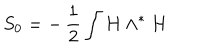
LaTeX: S _ { 0 } = - \, \frac { 1 } { 2 } \int H \wedge ^ { \ast } H